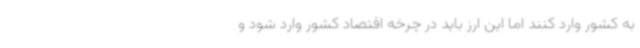
به کشور وارد کنند اما این ارز باید در چرخه اقتصاد کشور وارد شود و